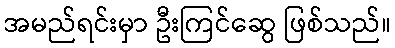
အမည်ရင်းမှာ ဦးကြင်ဆွေ ဖြစ်သည်။